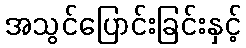
အသွင်ပြောင်းခြင်းနှင့်